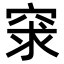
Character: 𥥽